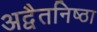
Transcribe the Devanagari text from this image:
अद्वैतनिष्ठा